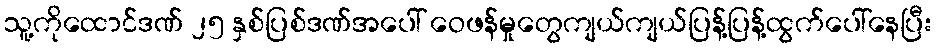
သူ့ကိုထောင်ဒဏ် ၂၅ နှစ်ပြစ်ဒဏ်အပေါ် ဝေဖန်မှုတွေကျယ်ကျယ်ပြန့်ပြန့်ထွက်ပေါ်နေပြီး